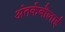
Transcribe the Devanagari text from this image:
अंतर्कबीलाई